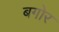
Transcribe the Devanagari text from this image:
बगोर